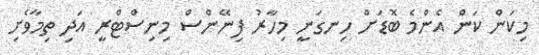
މިކަން ކަން އެންމެ ބޮޑަށް ހިނގަނީ މިހާރު ފިނޭންސް މިނިސްޓްރީ އަދި ތިމާވެށި